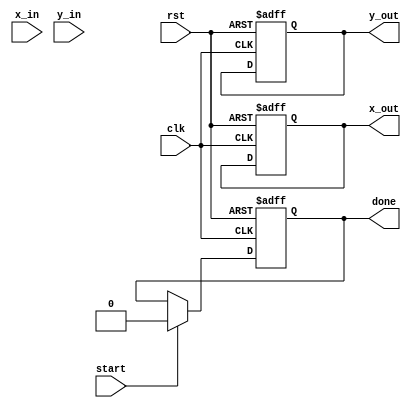
module complex_cordic #(
    parameter N = 16, // Number of iterations
    parameter WIDTH = 16 // Bit width for fixed-point representation
)(
    input clk,
    input rst,
    input start,
    input signed [WIDTH-1:0] x_in, // Real part input
    input signed [WIDTH-1:0] y_in, // Imaginary part input
    output reg signed [WIDTH-1:0] x_out, // Real part output
    output reg signed [WIDTH-1:0] y_out, // Imaginary part output
    output reg done
);

    // CORDIC angle lookup table (arctan(1/2^k) for k = 0 to N-1)
    reg signed [WIDTH-1:0] angle_lut [0:N-1];
    initial begin
        angle_lut[0] = 16'h3243; // atan(1) in fixed-point
        angle_lut[1] = 16'h1DAC; // atan(1/2) in fixed-point
        angle_lut[2] = 16'h0FAD; // atan(1/4) in fixed-point
        // Add more values as needed for higher precision
        // ...
        angle_lut[N-1] = 16'h0000; // Last value
    end

    reg signed [WIDTH-1:0] x [0:N-1];
    reg signed [WIDTH-1:0] y [0:N-1];
    reg [3:0] iteration;
    reg direction; // 0 for counterclockwise, 1 for clockwise

    // Scaling factor (K_N)
    localparam signed [WIDTH-1:0] K = 16'h1D9A; // Precomputed scaling factor

    always @(posedge clk or posedge rst) begin
        if (rst) begin
            x[0] <= 0;
            y[0] <= 0;
            iteration <= 0;
            done <= 0;
            x_out <= 0;
            y_out <= 0;
        end else if (start) begin
            x[0] <= x_in;
            y[0] <= y_in;
            iteration <= 0;
            done <= 0;
        end else if (iteration < N) begin
            // Determine direction based on current X and Y values
            direction <= (y[iteration] < 0) ? 0 : 1;

            // Perform rotation based on the direction
            if (direction == 0) begin // Counterclockwise
                x[iteration + 1] <= x[iteration] - (y[iteration] >>> iteration);
                y[iteration + 1] <= y[iteration] + (x[iteration] >>> iteration);
            end else begin // Clockwise
                x[iteration + 1] <= x[iteration] + (y[iteration] >>> iteration);
                y[iteration + 1] <= y[iteration] - (x[iteration] >>> iteration);
            end

            // Increment iteration
            iteration <= iteration + 1;
        end else if (iteration == N) begin
            // Apply scaling factor
            x_out <= x[N] * K;
            y_out <= y[N] * K;
            done <= 1; // Indicate computation is done
        end
    end

endmodule